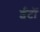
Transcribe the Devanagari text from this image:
ईटोंं